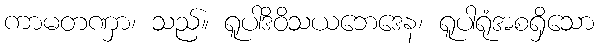
ကာမတဏှာ၊ သည်။ ရူပါဒိဝိသယဘေဒေန၊ ရူပါရုံအစရှိသော